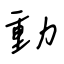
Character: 動